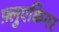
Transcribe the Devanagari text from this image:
फ़्लुएकिगर